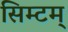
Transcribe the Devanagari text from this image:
सिम्टम्